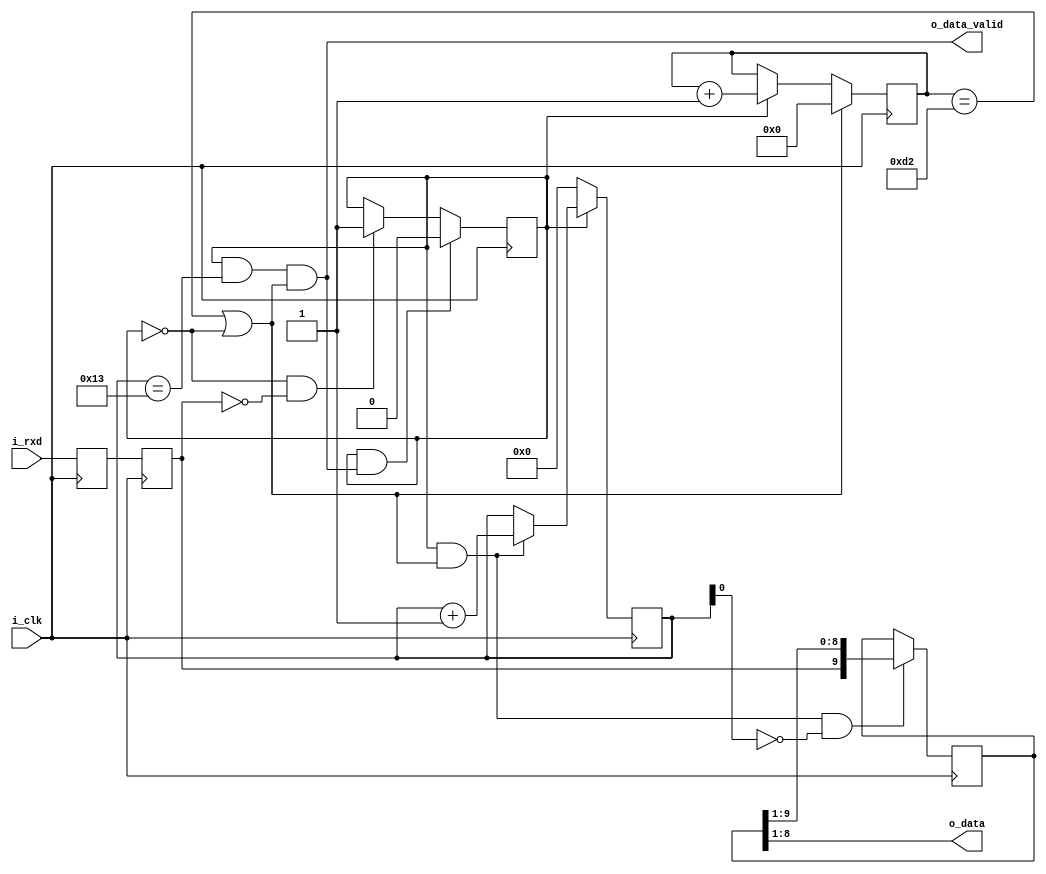


module uart_rx(i_clk, i_rxd, o_data, o_data_valid);
	
	input i_clk;
	input i_rxd;
	output [7:0] o_data;
	output o_data_valid;
	
	wire i_clk;
	wire i_rxd;
	reg p2_rxd = 1;
	reg p3_rxd = 1;
	reg [9:0] bits;
	wire [7:0] o_data;

	reg [16:0] div;  	
	reg [4:0] bitnum;
	reg receiving = 0;
	wire o_data_valid;
	
	wire div_reset;
	wire div_count;
	wire bitnum_reset;
	wire bitnum_count;
	
	wire shift_bit;
	
	/* Latch input twice */
	
	always @(posedge i_clk) begin
		p3_rxd <= p2_rxd;
		p2_rxd <= i_rxd;
	end


	/*  2 x baudrate clock */
	
	always @(posedge i_clk)
		if(div_reset) div <= 0;
		else if(div_count) div <= div + 1;
			
	assign div_reset = (div == 210) || !receiving;
	assign div_count = receiving;


	/* Bit number counter */

	always @(posedge i_clk) 
		if(bitnum_reset) bitnum <= 0;
		else if(bitnum_count) bitnum <= bitnum + 1;

	assign bitnum_reset = !receiving;
	assign bitnum_count = receiving && div_reset;
				

	always @(posedge i_clk) begin
		if(!receiving && !p3_rxd) receiving <= 1;
		if(receiving && o_data_valid) receiving <= 0;
		if(shift_bit) bits <= { p3_rxd, bits[9:1] };
	end
	
	assign shift_bit = bitnum_count & !bitnum[0];
	assign o_data_valid = receiving && (bitnum == 19) && div_reset;
	assign o_data[7:0] = bits[8:1];
	
endmodule